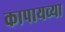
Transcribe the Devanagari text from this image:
कापायच्या